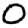
Digit: 0